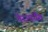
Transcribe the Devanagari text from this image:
तेरापर्यंत